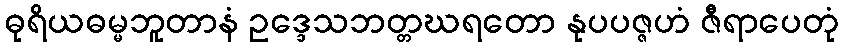
ဓုရိယဓမ္မဘူတာနံ ဥဒ္ဒေသဘတ္တဃရတော နုပပဇ္ဇဟံ ဇီရာပေတုံ